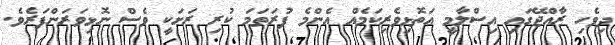
ދިވެހި ރާއްޖޭގައި އިސްލާމީ އަތޮޅިވެރިކަމެއް އެންމެ ފުރަތަމަ ކުރި ރަށަކީ ވެސް ނޮޅިވަރަންފަރެވެ.